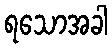
ရသောအခါ